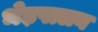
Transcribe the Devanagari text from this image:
भेड़पालन